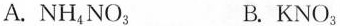
A.NH_{4}NO_{3} B.KNO_{3}